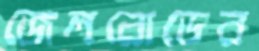
জেলরোডের